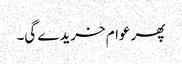
پھر عوام خریدے گی۔